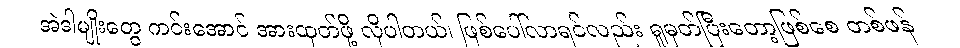
အဲဒါမျိုးတွေ ကင်းအောင် အားထုတ်ဖို့ လိုပါတယ်၊ ဖြစ်ပေါ်လာရင်လည်း ရှုမှတ်ပြီးတော့ဖြစ်စေ တစ်ဖန်